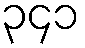
၃၄၁